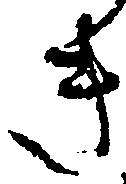
き